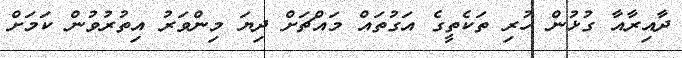
ދާއިރާއާ ގުޅުން ހުރި ތަކެތީގެ އަގުތައް މައްޗަށް ދިޔަ މިންވަރު އިތުރުވުން ކަމަށް